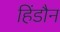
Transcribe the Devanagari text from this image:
हिंडौन